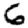
Digit: 6